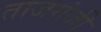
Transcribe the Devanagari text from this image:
ताजगंजी